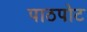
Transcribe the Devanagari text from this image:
पाठपोट